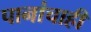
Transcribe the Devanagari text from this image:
पानांचाही